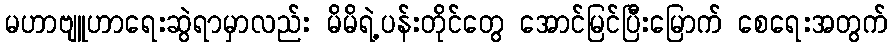
မဟာဗျူဟာရေးဆွဲရာမှာလည်း မိမိရဲ့ပန်းတိုင်တွေ အောင်မြင်ပြီးမြောက် စေရေးအတွက်